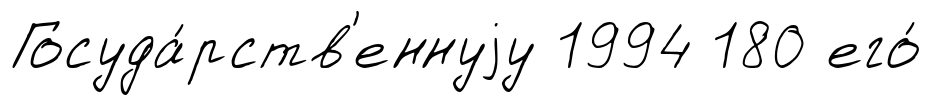
Госуда́рств'еннуjу 1994 180 его́